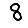
Digit: 8